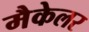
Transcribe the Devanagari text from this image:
मैकेलर